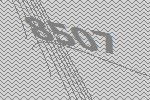
8507